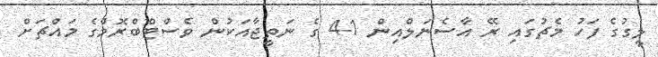
ލީގުގެ ފަހު މެޗުގައި ރޭ އާސެނަލްއިން 1-4 ގެ ނަތީޖާއަކުން ވެސްޓްބްރޮމްގެ މައްޗަށް